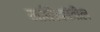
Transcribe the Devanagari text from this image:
मासिकांतील